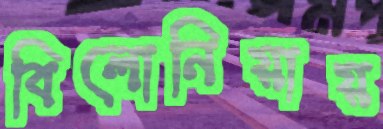
বিলোনিয়ায়